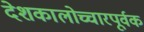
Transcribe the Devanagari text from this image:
देशकालोच्चारपूर्वक